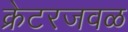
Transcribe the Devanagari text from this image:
क्रेटरजवळ